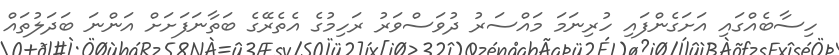
ހިސާބެއްގައި އަށަގެންފައި ހުރިނަމަ މައްސަރު ދުވަސްވަރު ރަހިމުގެ އެތެރޭގެ ބަތާނަފަށަށް އަންނަ ބަދަލުތައް